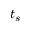
t _ { s }